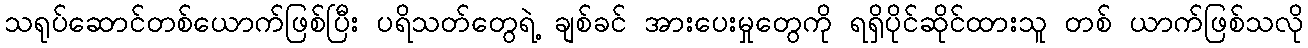
သရုပ်ဆောင်တစ်ယောက်ဖြစ်ပြီး ပရိသတ်တွေရဲ့ ချစ်ခင် အားပေးမှုတွေကို ရရှိပိုင်ဆိုင်ထားသူ တစ် ယာက်ဖြစ်သလို